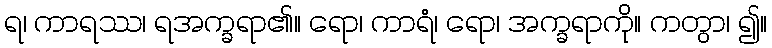
ရ၊ ကာရဿ၊ ရအက္ခရာ၏။ ရော၊ ကာရံ၊ ရော၊ အက္ခရာကို။ ကတွာ၊ ၍။